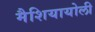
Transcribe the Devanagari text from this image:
मैशियायोली